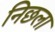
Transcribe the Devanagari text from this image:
निछला